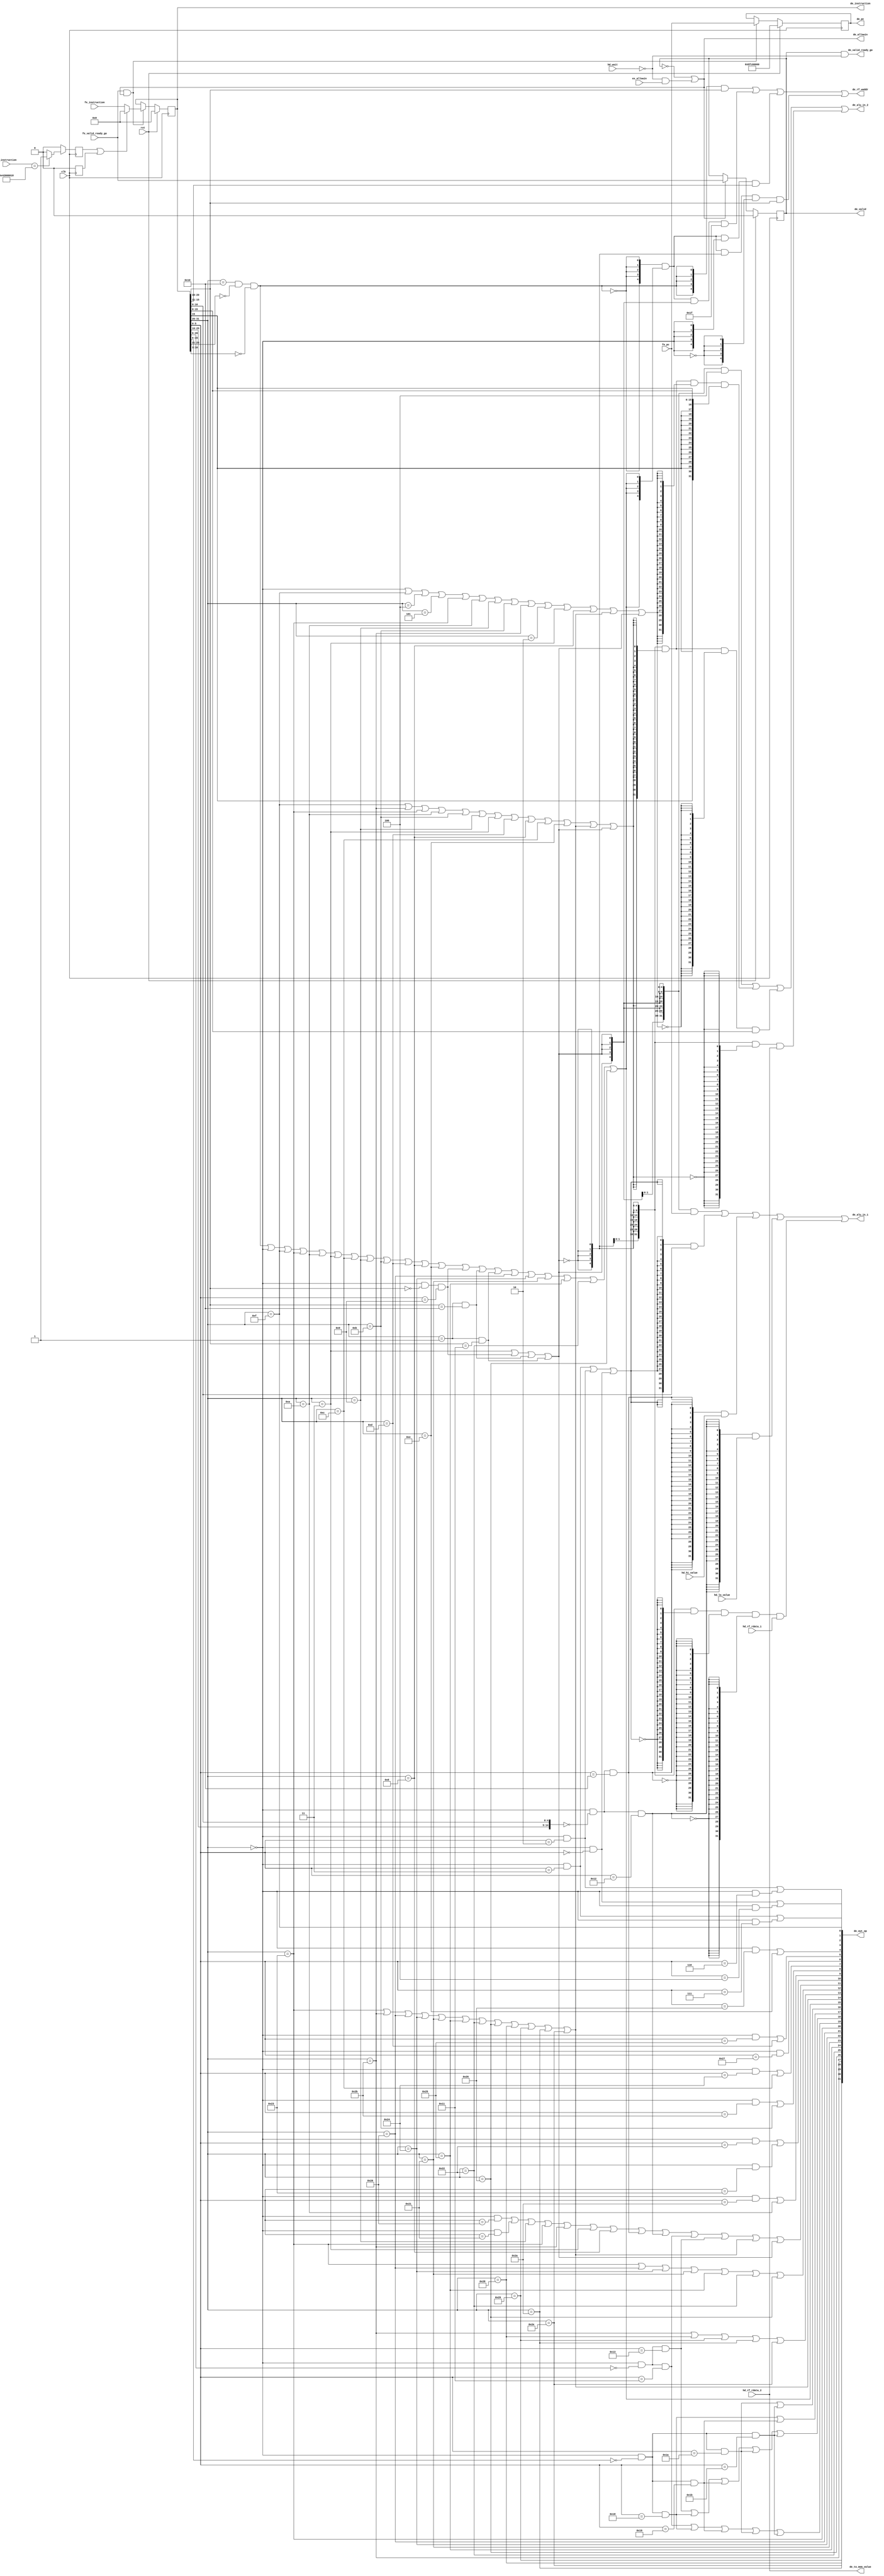
module mips_decode_stage(
    input  wire        clk               ,
    input  wire        rst               ,
        
    input  wire [31:0] fe_pc             ,
    input  wire [31:0] fe_instruction    ,
        
    input  wire [31:0] hd_rf_rdata_1     ,
    input  wire [31:0] hd_rf_rdata_2     ,
    input  wire        hd_wait           ,
        
    output wire [31:0] de_out_op         ,  //control signals used in EXE, MEM, WB stages
    output wire [ 4:0] de_rf_waddr       ,  //reg num of dest operand, zero if no dest
    output wire [31:0] de_alu_in_1       ,  //value of source operand 1
    output wire [31:0] de_alu_in_2       ,  //value of source operand 2
    output wire [31:0] de_to_mem_value   ,  //value stored to memory

    output reg  [31:0] de_pc             ,
    output reg  [31:0] de_instruction    ,  //instr code @decode stage

    input  wire [31:0] hd_hi_value       ,
    input  wire [31:0] hd_lo_value       ,

    input  wire [31:0] ex_instruction    ,

    output reg         de_valid          ,
    input  wire        fe_valid_ready_go ,
    output wire        de_allowin        ,
    output wire        de_valid_ready_go ,
    input  wire        ex_allowin
);

wire        op_RegWrite  ;   // External Op
wire        op_MemEnable ;
wire        op_MemWrite  ;
wire        op_WBMux     ;
wire [11:0] op_aluop     ;
wire        op_HIWrite   ;
wire        op_LOWrite   ;
wire        op_Mult      ;
wire        op_Div       ;
wire [ 6:0] op_load      ;
wire [ 4:0] op_store     ;

wire        op_ALUSrc    ;    // Internal Op
wire        op_ExtendMux ;
wire        op_link      ;

wire        op_shift     ;     // More Op

wire [31:0] sign_extend  ;
wire [31:0] zero_extend  ;

wire        de_ready_go  ;

always @(posedge clk) begin
    if(rst) begin
        de_pc    <= 32'hbfc00000;
        de_instruction  <= 32'd0;
    end
    else if(fe_valid_ready_go && de_allowin) begin
        de_pc    <= fe_pc;
        de_instruction  <= (delay_eret_commit | delay_exception_commit) ? 32'd0 : fe_instruction;
    end
end

always @(posedge clk) begin
    if(rst) begin
        de_valid <= 1'b0;
    end
    else if(de_allowin) begin
        de_valid <= fe_valid_ready_go;
    end
end

//exception, in EX_step to decide
assign is_syscall = EX_Instruction[31:26]==6'd0 && EX_Instruction[5:0]==6'b001100;
assign exception_commit = is_syscall;

wire is_eret = ex_instruction[31:0]=={6'b010000, 1'b1, 19'd0, 6'b011000};
assign eret_commit = is_eret;

reg delay_exception_commit;
reg delay_eret_commit;
always @ (posedge clk)
begin
	if(~resetn)
	begin
		delay_exception_commit <= 1'b0;
	end
	else if(exception_commit)
	begin
		delay_exception_commit <= 1'b1;
	end
	else begin
		delay_exception_commit <= 1'b0;
	end
end
always @ (posedge clk)
begin
	if(~resetn)
	begin
		delay_eret_commit <= 1'b0;
	end
	else if(eret_commit)
	begin
		delay_eret_commit <= 1'b1;
	end
	else begin
		delay_eret_commit <= 1'b0;
	end
end

wire [5:0] func  = de_instruction[ 5: 0];
wire [4:0] sa    = de_instruction[10: 6];
wire [4:0] rd    = de_instruction[15:11];
wire [4:0] rt    = de_instruction[20:16];
wire [4:0] rs    = de_instruction[25:21];
wire [5:0] op    = de_instruction[31:26];

wire inst_addu   = op==6'd0 && func==6'b100_001;
wire inst_or     = op==6'd0 && func==6'b100_101;
wire inst_slt    = op==6'd0 && func==6'b101_010;
wire inst_sll    = op==6'd0 && func==6'b000_000;
wire inst_jr     = op==6'd0 && func==6'b001_000;
wire inst_sltu   = op==6'd0 && func==6'b101_011;
wire inst_add    = op==6'd0 && func==6'b100_000;
wire inst_sub    = op==6'd0 && func==6'b100_010;
wire inst_subu   = op==6'd0 && func==6'b100_011;
wire inst_and    = op==6'd0 && func==6'b100_100;
wire inst_nor    = op==6'd0 && func==6'b100_111;
wire inst_xor    = op==6'd0 && func==6'b100_110;
wire inst_sllv   = op==6'd0 && func==6'b000_100;
wire inst_sra    = op==6'd0 && func==6'b000_011;
wire inst_srav   = op==6'd0 && func==6'b000_111;
wire inst_srl    = op==6'd0 && func==6'b000_010;
wire inst_srlv   = op==6'd0 && func==6'b000_110;

wire inst_special= op==6'd0;

wire inst_bne    = op==6'b000101;
wire inst_beq    = op==6'b000100;
wire inst_addiu  = op==6'b001001;
wire inst_lw     = op==6'b100011;
wire inst_sw     = op==6'b101011;
wire inst_j      = op==6'b000010;
wire inst_jal    = op==6'b000011;
wire inst_lui    = op==6'b001111;
wire inst_slti   = op==6'b001010;
wire inst_sltiu  = op==6'b001011;
wire inst_ori    = op==6'b001101;
wire inst_addi   = op==6'b001000;
wire inst_andi   = op==6'b001100;
wire inst_xori   = op==6'b001110;

wire inst_bgez   = op==6'b000001 && rt==5'b00001;
wire inst_bgtz   = op==6'b000111 && rt==5'b00000;
wire inst_blez   = op==6'b000110 && rt==5'b00000;
wire inst_bltz   = op==6'b000001 && rt==5'b00000;
wire inst_bltzal = op==6'b000001 && rt==5'b10000;
wire inst_bgezal = op==6'b000001 && rt==5'b10001;
wire inst_jalr   = op==6'b000000 && rt==5'b00000 && func==6'b001001;
wire inst_lb     = op==6'b100000;
wire inst_lbu    = op==6'b100100;
wire inst_lh     = op==6'b100001;
wire inst_lhu    = op==6'b100101;
wire inst_lwl    = op==6'b100010;
wire inst_lwr    = op==6'b100110;
wire inst_sb     = op==6'b101000;
wire inst_sh     = op==6'b101001;
wire inst_swl    = op==6'b101010;
wire inst_swr    = op==6'b101110;

wire inst_mfhi   = op==6'd0 && {rs,rt,sa}==15'd0 && func==6'b010000;
wire inst_mflo   = op==6'd0 && {rs,rt,sa}==15'd0 && func==6'b010010;
wire inst_mthi   = op==6'd0 && {rt,rd,sa}==15'd0 && func==6'b010001;
wire inst_mtlo   = op==6'd0 && {rt,rd,sa}==15'd0 && func==6'b010011;

wire inst_mult   = op==6'd0 && {rd,sa   }==10'd0 && func==6'b011000;
wire inst_multu  = op==6'd0 && {rd,sa   }==10'd0 && func==6'b011001;
wire inst_div    = op==6'd0 && {rd,sa   }==10'd0 && func==6'b011010;
wire inst_divu   = op==6'd0 && {rd,sa   }==10'd0 && func==6'b011011;

wire inst_ERET      = op==6'b010000 && rs==5'b10000 && rt==5'd0 && rd==5'd0 && sa==5'd0 && func==6'b011000;
wire inst_MFC0      = op==6'b010000 && rs==5'd0 && de_instruction[10:3]==8'd0;
wire inst_MTC0      = op==6'b010000 && rs==5'b00100 && de_instruction[10:3]==8'd0;
wire inst_SYSCALL   = op==6'd0 && func==6'b001100;

assign op_RegWrite   = inst_MFC0
                     | inst_special
                     | inst_lui  | inst_lw     | inst_slti  | inst_jal | inst_andi | inst_addiu 
                     | inst_sltiu| inst_ori    | inst_addi  | inst_xori
                     | inst_jalr | inst_bltzal | inst_bgezal
                     | inst_lb   | inst_lbu    | inst_lh    | inst_lhu | inst_lwl  | inst_lwr;
assign op_MemEnable  = inst_lw   | inst_sw
                     | inst_lb   | inst_lbu| inst_lh  | inst_lhu | inst_lwl  | inst_lwr
                     | inst_sb   | inst_sh | inst_swl | inst_swr;
assign op_MemWrite   = inst_sw
                     | inst_sb   | inst_sh | inst_swl | inst_swr;
assign op_WBMux      = inst_lw
                     | inst_lb   | inst_lbu| inst_lh  | inst_lhu | inst_lwl  | inst_lwr;

assign op_aluop[ 0]  = inst_lui;
assign op_aluop[ 1]  = inst_sra | inst_srav;
assign op_aluop[ 2]  = inst_srl | inst_srlv;
assign op_aluop[ 3]  = inst_sll | inst_sllv;
assign op_aluop[ 4]  = inst_xor | inst_xori;
assign op_aluop[ 5]  = inst_or  | inst_ori;
assign op_aluop[ 6]  = inst_nor;
assign op_aluop[ 7]  = inst_and | inst_andi;
assign op_aluop[ 8]  = inst_sltu| inst_sltiu;
assign op_aluop[ 9]  = inst_slt | inst_slti;
assign op_aluop[10]  = inst_sub | inst_subu;
assign op_aluop[11]  = inst_add | inst_addu | inst_addiu | inst_lw  | inst_sw      | inst_jal | inst_addi
                     | inst_mfhi| inst_mflo | inst_mthi  | inst_mtlo| op_MemEnable | op_link;

assign op_load[0]    = inst_lw ;
assign op_load[1]    = inst_lb ;
assign op_load[2]    = inst_lbu;
assign op_load[3]    = inst_lh ;
assign op_load[4]    = inst_lhu;
assign op_load[5]    = inst_lwl;
assign op_load[6]    = inst_lwr;

assign op_store[0]   = inst_sw ;
assign op_store[1]   = inst_swl;
assign op_store[2]   = inst_swr;
assign op_store[3]   = inst_sb ;
assign op_store[4]   = inst_sh ;

assign op_HIWrite    = inst_mthi | inst_mult | inst_multu | inst_div  | inst_divu;
assign op_LOWrite    = inst_mtlo | inst_mult | inst_multu | inst_div  | inst_divu;
assign op_Mult       = inst_mult | inst_multu;
assign op_Div        = inst_div  | inst_divu;

assign op_ALUSrc     = inst_lui  | inst_sw | inst_lw  | inst_slti| inst_sltiu| inst_addiu 
                     | inst_jal  | inst_ori| inst_addi| inst_andi| inst_xori | op_MemEnable | op_link;
assign op_ExtendMux  = inst_special 
                     | inst_lui  | inst_beq| inst_bne | inst_lw  | inst_slti | inst_addiu
                     | inst_sltiu| inst_sw | inst_j   | inst_jal | inst_addi | op_MemEnable | op_link;

assign op_shift      = inst_sra | inst_srl | inst_sll;

assign op_link       = inst_jal | inst_jalr| inst_bltzal | inst_bgezal;

assign sign_extend   = {{16{de_instruction[15]}}, de_instruction[15:0]};
assign zero_extend   = {16'b0, de_instruction[15:0]};

assign de_out_op     = {op_store,op_load,op_HIWrite,op_LOWrite,op_Mult,op_Div,op_RegWrite,op_MemEnable,op_MemWrite,op_WBMux,op_aluop};

assign de_rf_waddr   = ({5{ inst_MFC0}}  & de_instruction[20:16]) 
                     | ({5{!inst_MFC0}}  & {5{op_RegWrite}} & {5{ op_link     }} & 5'd31                                             )
                     | ({5{!inst_MFC0}}  & {5{op_RegWrite}} & {5{ inst_special}} & de_instruction[15:11]                             )
                     | ({5{!inst_MFC0}}  & {5{op_RegWrite}} & {5{!op_link     }} & {5{!inst_special}} & de_instruction[20:16]        );

assign de_alu_in_1   = ({32{ op_link  }} & fe_pc                                                                  )
                     | ({32{ op_shift }} & {27'b0, de_instruction[10:6]}                                          )
                     | ({32{ inst_mfhi}} & hd_hi_value                                                            )
                     | ({32{ inst_mflo}} & hd_lo_value                                                            )
                     | ({32{!op_link  }} & {32{!op_shift }} & {32{!inst_mfhi}} & {32{!inst_mflo}} & hd_rf_rdata_1 );

assign de_alu_in_2   = ({32{ op_link  }} & 32'd4                                                                  )
                     | ({32{!op_link  }} & {32{ op_ALUSrc}} & {32{ op_ExtendMux}} & sign_extend                   )
                     | ({32{!op_link  }} & {32{ op_ALUSrc}} & {32{!op_ExtendMux}} & zero_extend                   )
                     | ({32{!op_link  }} & {32{!op_ALUSrc}} & hd_rf_rdata_2                                       );

assign de_to_mem_value   = hd_rf_rdata_2;

assign de_ready_go       = !hd_wait;
assign de_allowin        = !de_valid || de_ready_go && ex_allowin;
assign de_valid_ready_go = de_valid && de_ready_go;

endmodule